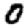
Digit: 0